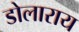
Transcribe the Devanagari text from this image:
डोलाराय